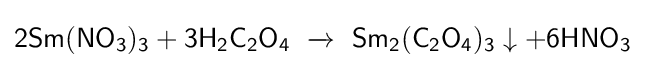
{\mathsf {2Sm(NO_{3})_{3}+3H_{2}C_{2}O_{4}\ \xrightarrow {} \ Sm_{2}(C_{2}O_{4})_{3}\downarrow +6HNO_{3}}}